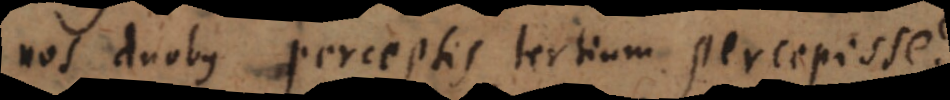
nos duobus perceptis tertium percepisse?